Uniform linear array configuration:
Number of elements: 32
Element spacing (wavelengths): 0.75
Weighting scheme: hamming
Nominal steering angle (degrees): -15
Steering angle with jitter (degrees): -15.491
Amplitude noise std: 0.05
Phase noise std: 0.05

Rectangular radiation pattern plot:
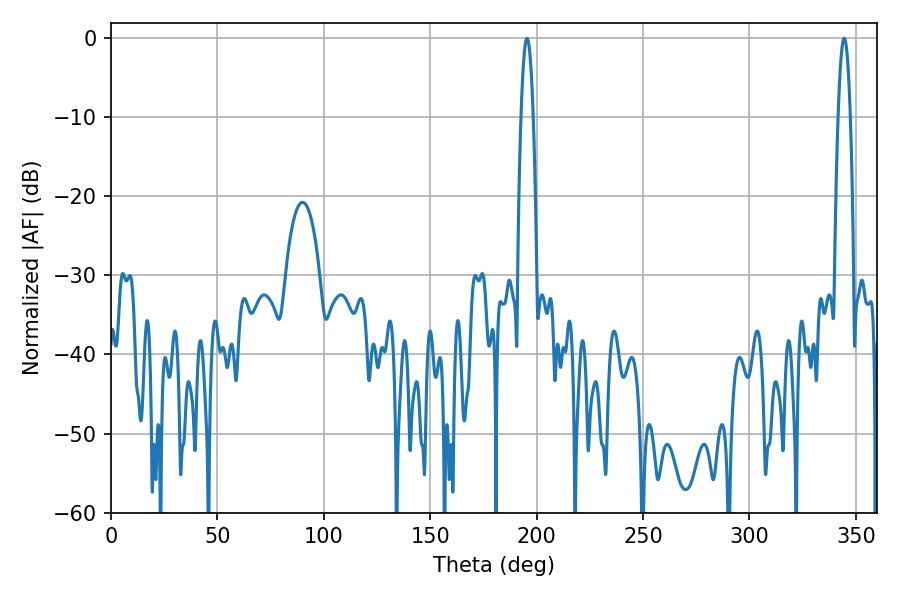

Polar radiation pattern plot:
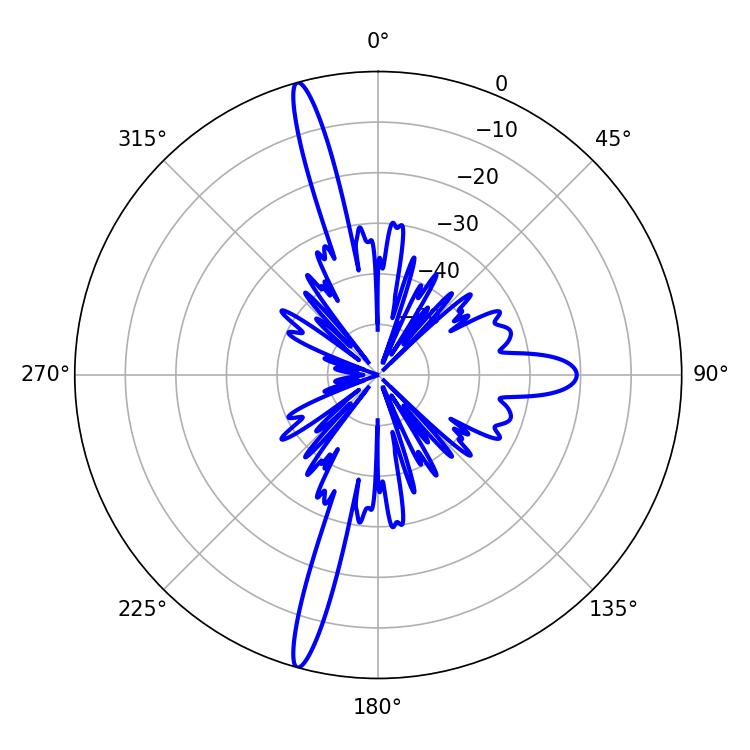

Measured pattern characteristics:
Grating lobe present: TRUE
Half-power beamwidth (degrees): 3.24
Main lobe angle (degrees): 195.48